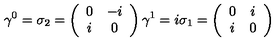
\gamma ^ { 0 } = \sigma _ { 2 } = \left( \begin{array} { c c } { 0 } & { - i } \\ { i } & { 0 } \\ \end{array} \right) \gamma ^ { 1 } = i \sigma _ { 1 } = \left( \begin{array} { c c } { 0 } & { i } \\ { i } & { 0 } \\ \end{array} \right)